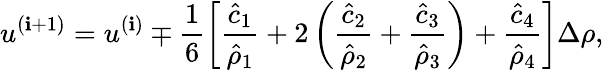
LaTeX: u^{(\mathbf{i}+1)}=u^{(\mathbf{i})}\mp\frac{{1}}{{6}}\left[\frac{{\hat{{c}}_{1}}}{{\hat{{\rho}}_{1}}}+2\left(\frac{{\hat{{c}}_{2}}}{{\hat{{\rho}}_{2}}}+\frac{{\hat{{c}}_{3}}}{{\hat{{\rho}}_{3}}}\right)+\frac{{\hat{{c}}_{4}}}{{\hat{{\rho}}_{4}}}\right]\Delta\rho,